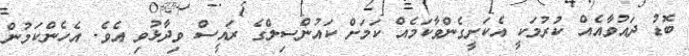
ބޮޑު ދައުވާއެއް ކުރުމަކީ އެކަށީގެންވާކަމެއް ކަމަށް ކައުންސިލްގެ ރައީސް ވިދާޅުވި އެވެ. އެހެންކަމުން